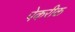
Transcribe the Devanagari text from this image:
पेकरीक